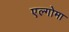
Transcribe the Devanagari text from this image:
एल्गोमा